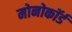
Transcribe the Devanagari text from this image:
मोनोकॉर्ड